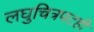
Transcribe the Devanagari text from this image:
लघुचित्रपटही